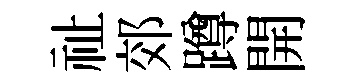
祉郊蹲開